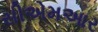
સીએમઆર